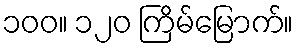
၁၀၀။ ၁၂၀ ကြိမ်မြောက်။